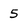
Character: 5